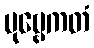
ပုဗ္ဗေကတံ